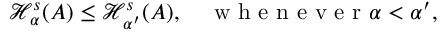
\mathcal { H } _ { \alpha } ^ { s } ( A ) \leq \mathcal { H } _ { \alpha ^ { \prime } } ^ { s } ( A ) , \quad \mathrm { ~ w ~ h ~ e ~ n ~ e ~ v ~ e ~ r ~ } \alpha < \alpha ^ { \prime } ,